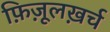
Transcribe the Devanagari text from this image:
फ़िज़ूलख़र्च